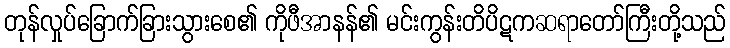
တုန်လှုပ်ခြောက်ခြားသွားစေ၏ ကိုဖီအာနန်၏ မင်းကွန်းတိပိဋကဆရာတော်ကြီးတို့သည်